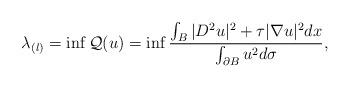
LaTeX: \begin{align*}\lambda_{(l)}=\inf\mathcal Q(u)=\inf \frac{\int_{B}|D^2 u|^2+\tau |\nabla u|^2 dx}{\int_{\partial B}u^2 d\sigma},\end{align*}